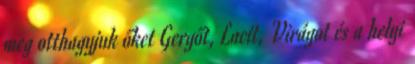
meg otthagyjuk őket Gergőt, Lacit, Virágot és a helyi